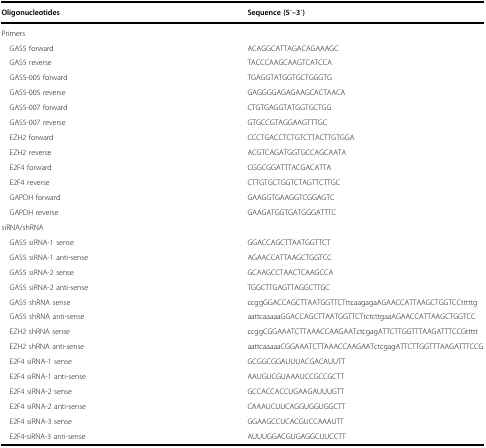
| Oligonucleotides | Sequence (5′–3′) |
 | --- | --- |
 | Primers |  |
 | GAS5 forward | ACAGGCATTAGACAGAAAGC |
 | GAS5 reverse | TACCCAAGCAAGTCATCCA |
 | GAS5-005 forward | TGAGGTATGGTGCTGGGTG |
 | GAS5-005 reverse | GAGGGGAGAGAAGCACTAACA |
 | GAS5-007 forward | CTGTGAGGTATGGTGCTGG |
 | GAS5-007 reverse | GTGCCGTAGGAAGTTTGC |
 | EZH2 forward | CCCTGACCTCTGTCTTACTTGTGGA |
 | EZH2 reverse | ACGTCAGATGGTGCCAGCAATA |
 | E2F4 forward | CGGCGGATTTACGACATTA |
 | E2F4 reverse | CTTGTGCTGGTCTAGTTCTTGC |
 | GAPDH forward | GAAGGTGAAGGTCGGAGTC |
 | GAPDH reverse | GAAGATGGTGATGGGATTTC |
 | siRNA/shRNA |  |
 | GAS5 siRNA-1 sense | GGACCAGCTTAATGGTTCT |
 | GAS5 siRNA-1 anti-sense | AGAACCATTAAGCTGGTCC |
 | GAS5 siRNA-2 sense | GCAAGCCTAACTCAAGCCA |
 | GAS5 siRNA-2 anti-sense | TGGCTTGAGTTAGGCTTGC |
 | GAS5 shRNA sense | ccggGGACCAGCTTAATGGTTCTttcaagagaAGAACCATTAAGCTGGTCCtttttg |
 | GAS5 shRNA anti-sense | aattcaaaaaGGACCAGCTTAATGGTTCTtctcttgaaAGAACCATTAAGCTGGTCC |
 | EZH2 shRNA sense | ccggCGGAAATCTTAAACCAAGAATctcgagATTCTTGGTTTAAGATTTCCGttttt |
 | EZH2 shRNA anti-sense | aattcaaaaaCGGAAATCTTAAACCAAGAATctcgagATTCTTGGTTTAAGATTTCCG |
 | E2F4 siRNA-1 sense | GCGGCGGAUUUACGACAUUTT |
 | E2F4 siRNA-1 anti-sense | AAUGUCGUAAAUCCGCCGCTT |
 | E2F4 siRNA-2 sense | GCCACCACCUGAAGAUUUGTT |
 | E2F4 siRNA-2 anti-sense | CAAAUCUUCAGGUGGUGGCTT |
 | E2F4 siRNA-3 sense | GGAAGCCUCACGUCCAAAUTT |
 | E2F4-siRNA-3 anti-sense | AUUUGGACGUGAGGCUUCCTT |